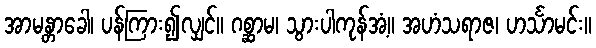
အာမန္တာခေါ၊ ပန်ကြား၍လျှင်။ ဂစ္ဆာမ၊ သွားပါကုန်အံ့။ အဟံသရာဇ၊ ဟင်္သာမင်း။